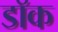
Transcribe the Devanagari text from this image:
डाॅक